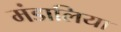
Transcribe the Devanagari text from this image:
मंडालिया